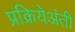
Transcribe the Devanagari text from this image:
प्रक्रियेअंती